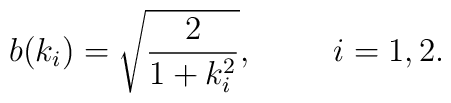
b(k_i)=\sqrt{2\over 1+k^2_i},\hspace{1cm} i=1,2.